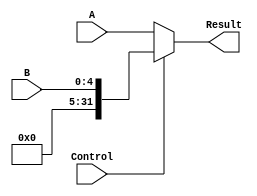
module DataSelector_2to1_sa(A, B, Control, Result);
  input [31:0] A;
  input [4:0] B;
  input Control;
  output [31:0] Result;
  assign Result = (Control == 1'b0 ? A : {{27{0}}, B[4:0]});
endmodule